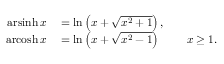
\begin{array} { r l r l } { \operatorname { a r s i n h } { x } } & { { } = \ln \left( x + { \sqrt { x ^ { 2 } + 1 } } \right) , } \\ { \operatorname { a r c o s h } { x } } & { { } = \ln \left( x + { \sqrt { x ^ { 2 } - 1 } } \right) } & { } & { { } x \geq 1 . } \end{array}